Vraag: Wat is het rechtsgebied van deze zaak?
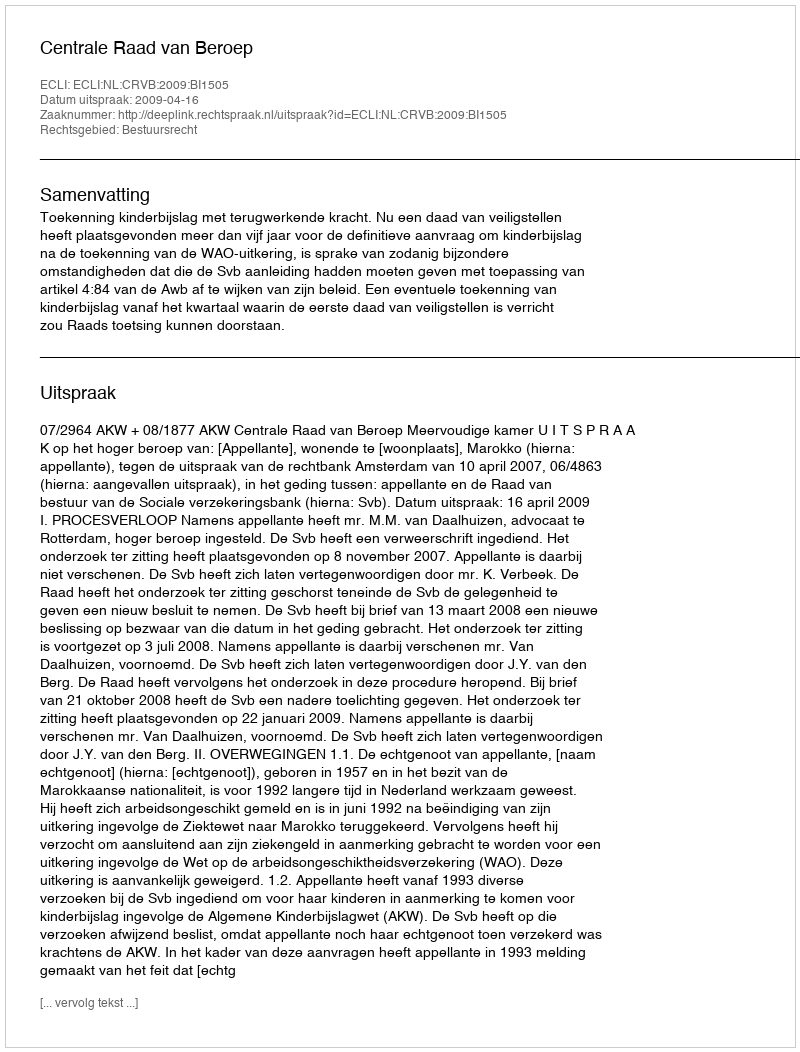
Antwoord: Bestuursrecht